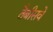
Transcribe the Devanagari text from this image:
तैबीसवे